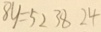
8 y = 5 2 3 8 2 4